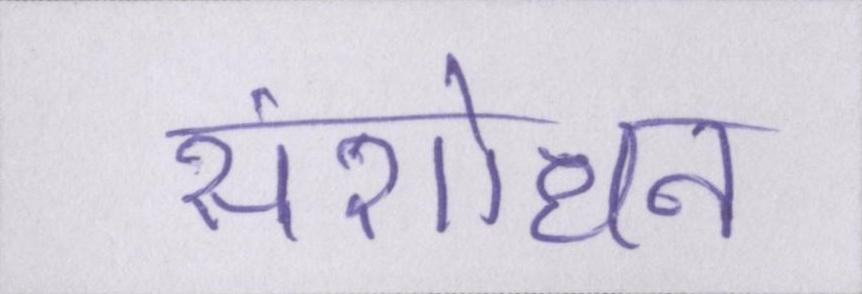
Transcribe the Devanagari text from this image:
संशोधन